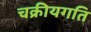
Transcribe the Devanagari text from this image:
चक्रीयगति